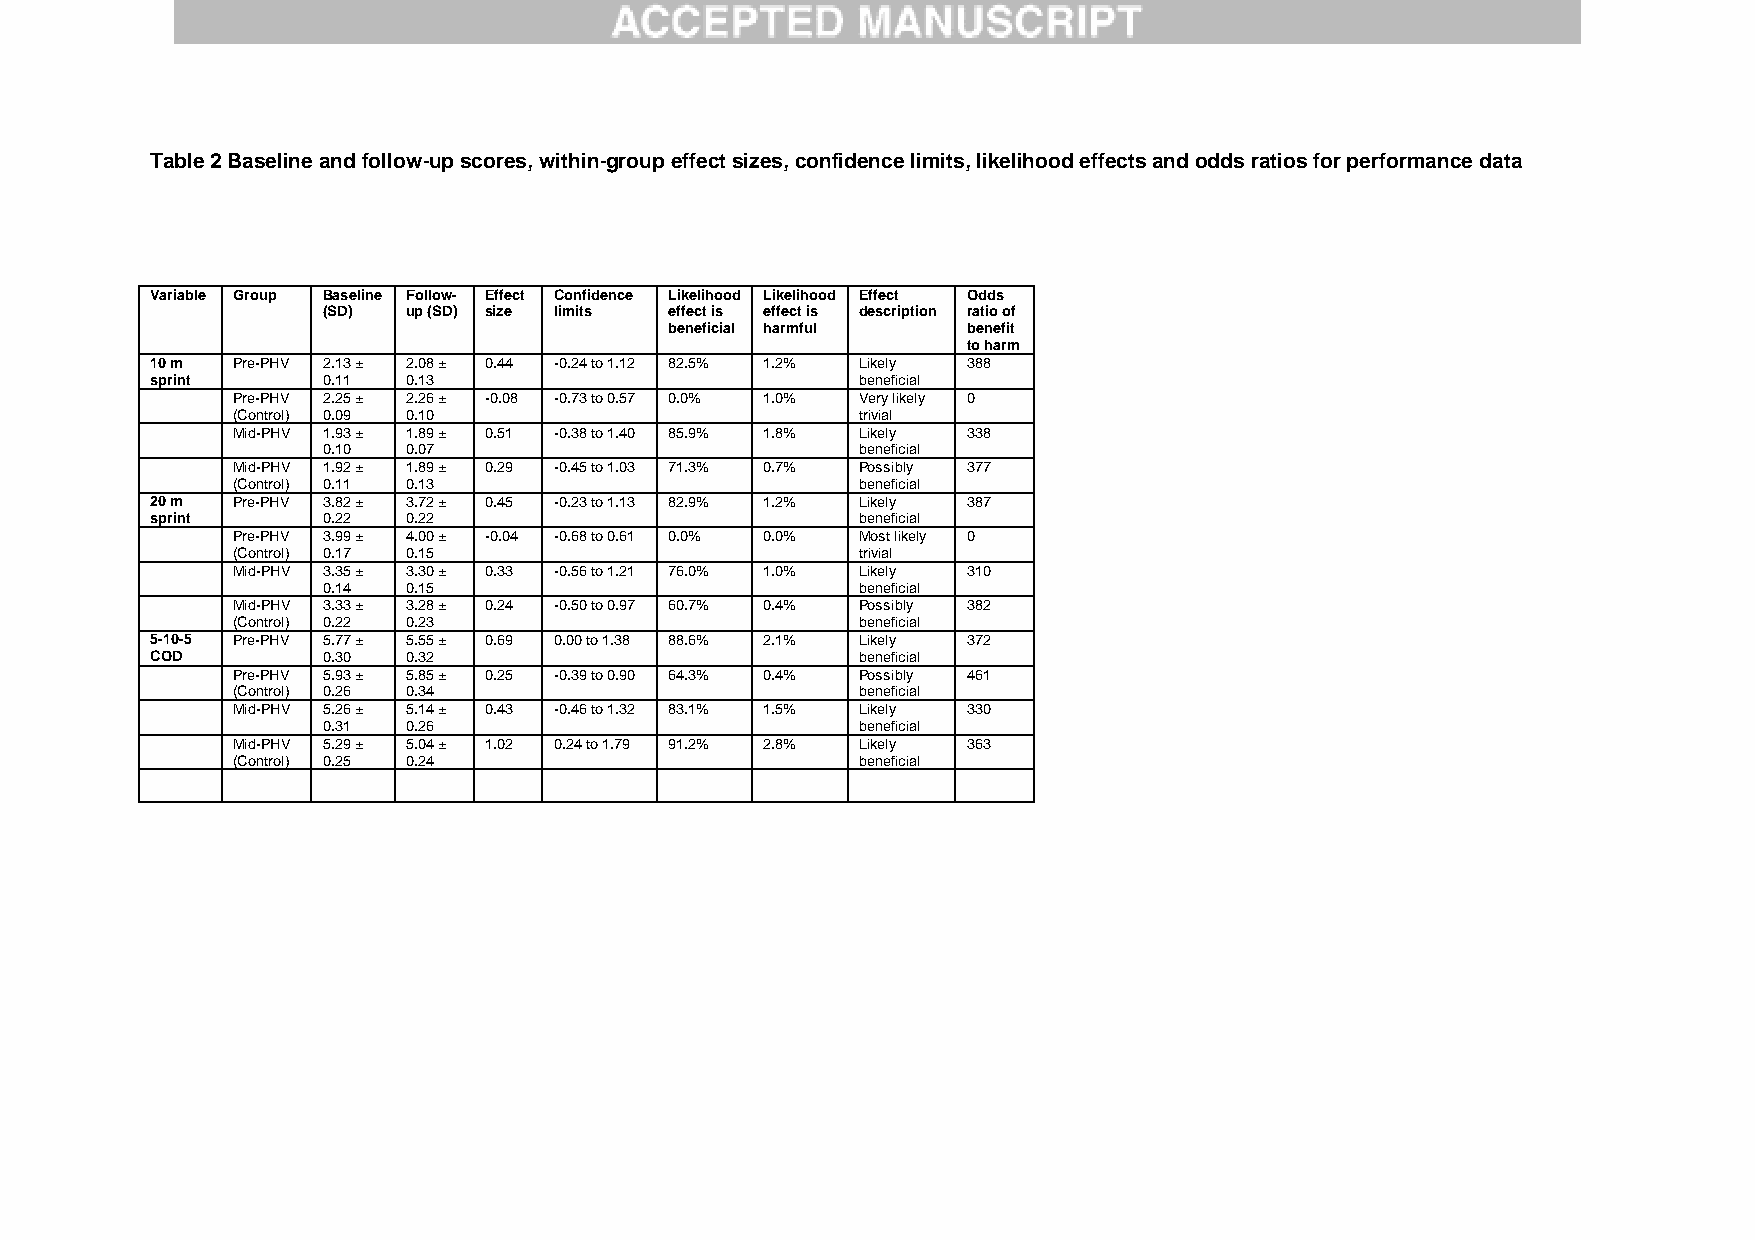
Table 2 Baseline and follow-up scores, within-group effect sizes, confidence limits, likelihood effects and odds ratios for performance data
 Variable Group Baseline Follow- Effect Confidence Likelihood Likelihood Effect Odds
 (SD)  up (SD) size limits effect is effect is description ratio of
 beneficial harmful  benefit
 to harm
 10 m Pre-PHV 2.13 ± 2.08 ± 0.44 -0.24 to 1.12 82.5% 1.2% Likely 388
 sprint     0.11  0.13                          beneficial
 Pre-PHV 2.25 ± 2.26 ± -0.08 -0.73 to 0.57 0.0% 1.0% Very likely 0
 (Control) 0.09 0.10                       trivial
 Mid-PHV 1.93 ± 1.89 ± 0.51 -0.38 to 1.40 85.9% 1.8% Likely 338
 0.10  0.07                          beneficial
 Mid-PHV 1.92 ± 1.89 ± 0.29 -0.45 to 1.03 71.3% 0.7% Possibly 377
 (Control) 0.11 0.13                       beneficial
 20 m Pre-PHV 3.82 ± 3.72 ± 0.45 -0.23 to 1.13 82.9% 1.2% Likely 387
 sprint     0.22  0.22                          beneficial
 Pre-PHV 3.99 ± 4.00 ± -0.04 -0.68 to 0.61 0.0% 0.0% Most likely 0
 (Control) 0.17 0.15                       trivial
 Mid-PHV 3.35 ± 3.30 ± 0.33 -0.56 to 1.21 76.0% 1.0% Likely 310
 0.14  0.15                          beneficial
 Mid-PHV 3.33 ± 3.28 ± 0.24 -0.50 to 0.97 60.7% 0.4% Possibly 382
 (Control) 0.22 0.23                       beneficial
 5-10-5 Pre-PHV 5.77 ± 5.55 ± 0.69 0.00 to 1.38 88.6% 2.1% Likely 372
 COD        0.30  0.32                          beneficial
 Pre-PHV 5.93 ± 5.85 ± 0.25 -0.39 to 0.90 64.3% 0.4% Possibly 461
 (Control) 0.26 0.34                       beneficial
 Mid-PHV 5.26 ± 5.14 ± 0.43 -0.46 to 1.32 83.1% 1.5% Likely 330
 0.31  0.26                          beneficial
 Mid-PHV 5.29 ± 5.04 ± 1.02 0.24 to 1.79 91.2% 2.8% Likely 363
 (Control) 0.25 0.24                       beneficial